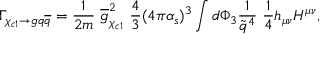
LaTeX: \Gamma _ { \chi _ { c 1 } \rightarrow g q { \overline { { q } } } } = \frac { 1 } { 2 m } \ { \overline { { g } } } _ { \chi _ { c 1 } } ^ { 2 } \ \frac { 4 } { 3 } ( 4 \pi \alpha _ { s } ) ^ { 3 } \int d \Phi _ { 3 } \frac { 1 } { \tilde { q } ^ { 4 } } \ \frac { 1 } { 4 } h _ { \mu \nu } H ^ { \mu \nu } ,